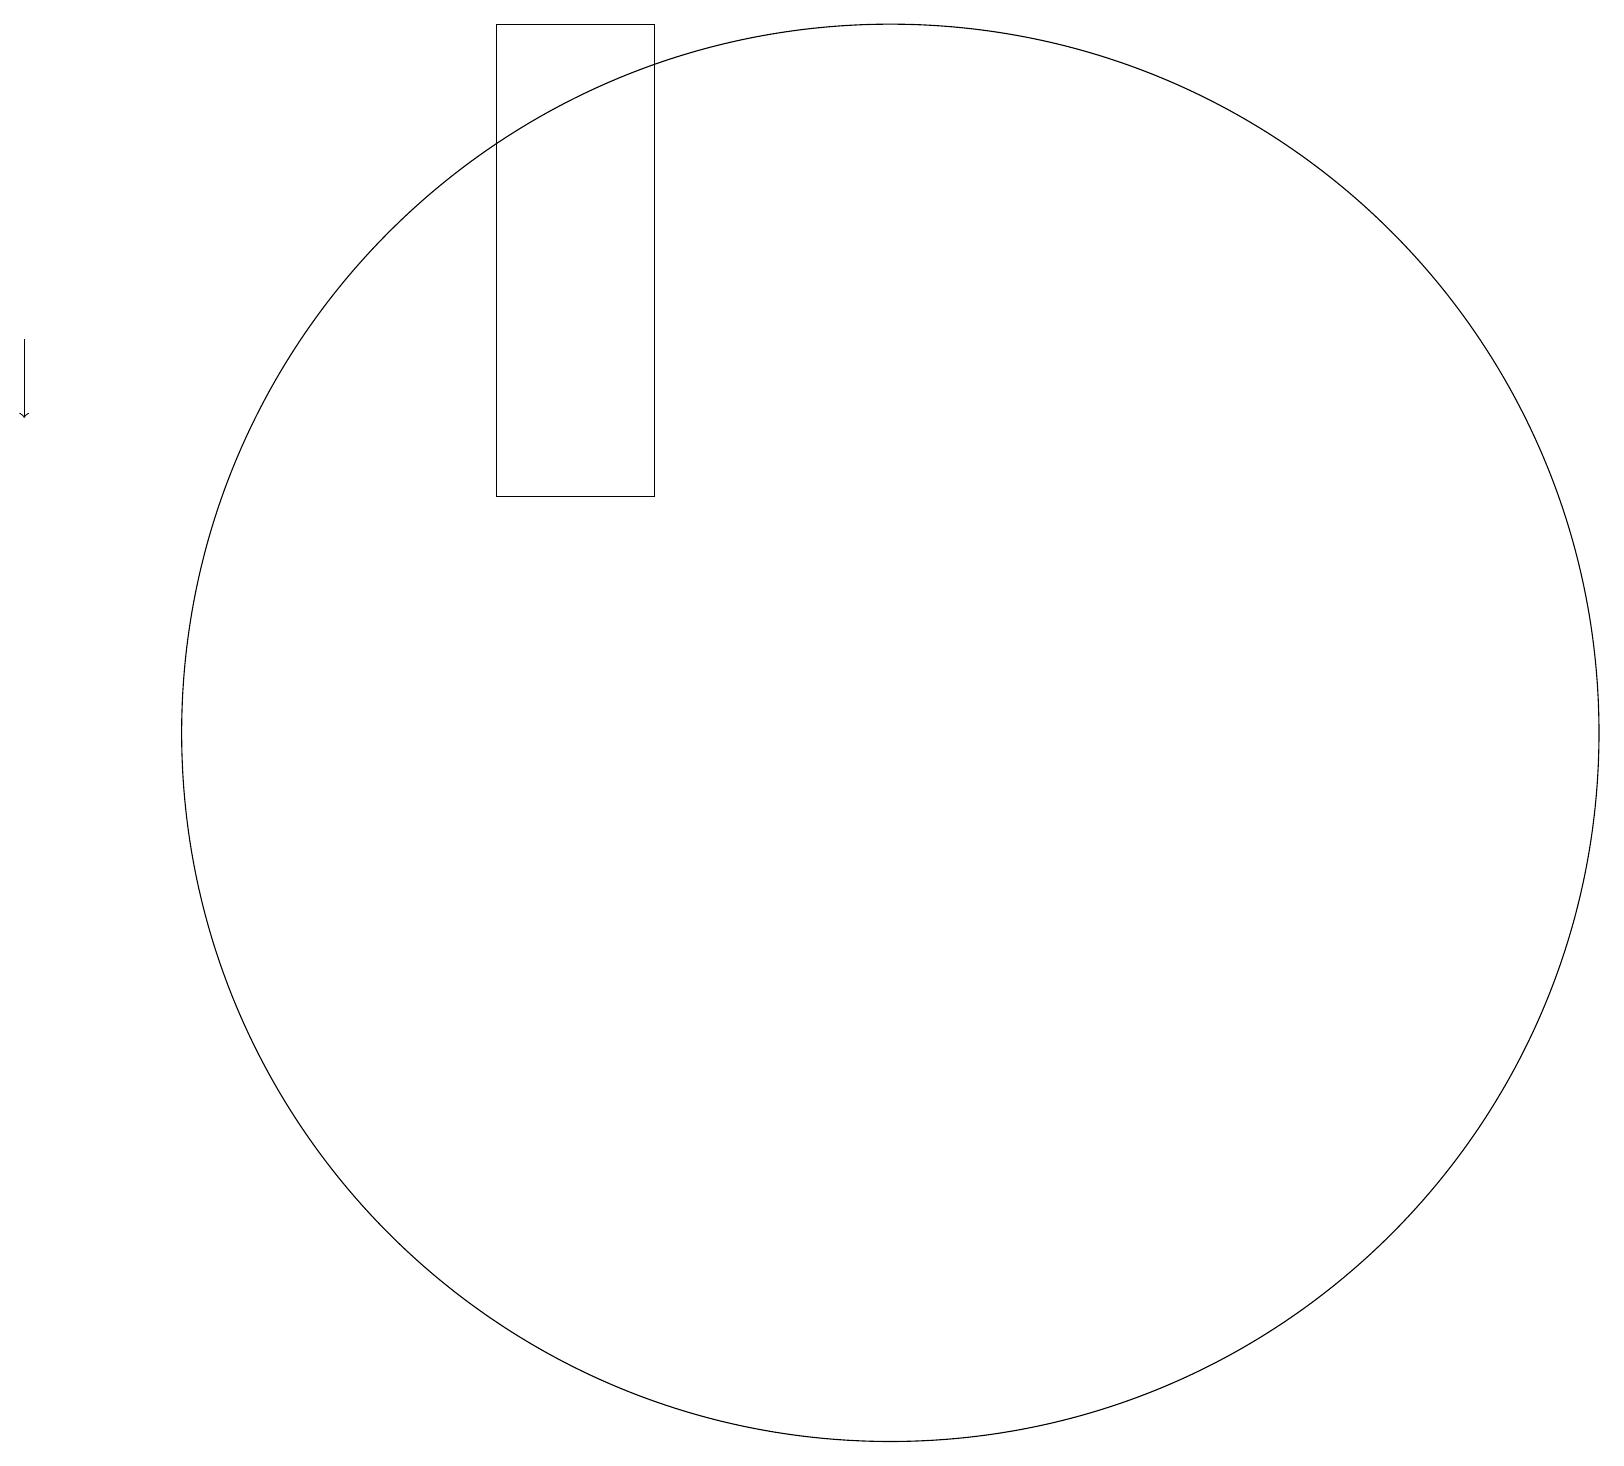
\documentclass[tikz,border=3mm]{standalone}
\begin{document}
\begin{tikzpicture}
\draw (9,19) rectangle (7,13);
\draw[->] (1,15) -- (1,14);
\draw (12,10) circle (9);
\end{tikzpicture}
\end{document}